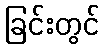
ခြင်းတွင်